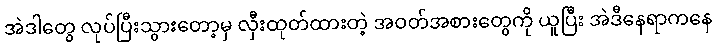
အဲဒါတွေ လုပ်ပြီးသွားတော့မှ လှီးထုတ်ထားတဲ့ အဝတ်အစားတွေကို ယူပြီး အဲဒီနေရာကနေ